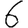
Digit: 6